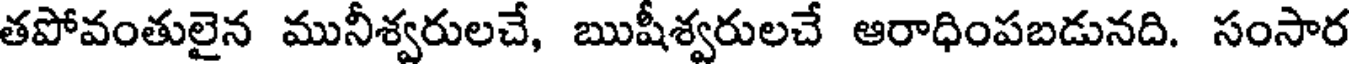
తపోవంతులైన మునీశ్వరులచే, ఋషీశ్వరులచే ఆరాధింపబడునది. సంసార